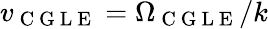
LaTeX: v_{\mathrm{~C~G~L~E~}}=\Omega_{\mathrm{~C~G~L~E~}}/k